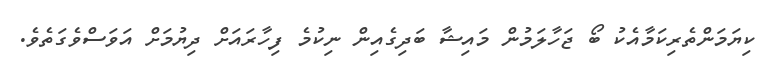
ކިޔަމަންތެރިކަމާއެކު ބޯ ޖަހާލަމުން މައިޝާ ބަދިގެއިން ނިކުމެ ފިހާރައަށް ދިޔުމަށް އަވަސްވެގަތެވެ.